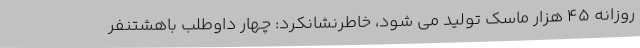
روزانه 45 هزار ماسک تولید می شود، خاطرنشانکرد: چهار داوطلب باهشتنفر